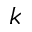
k